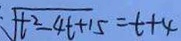
\sqrt { t ^ { 2 } - 4 t + 1 5 } = t + 4